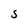
Character: S